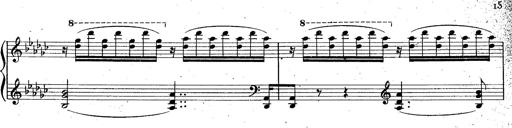
Title: La Marseillaise
Composer: Franz Liszt
Key: B-flat major